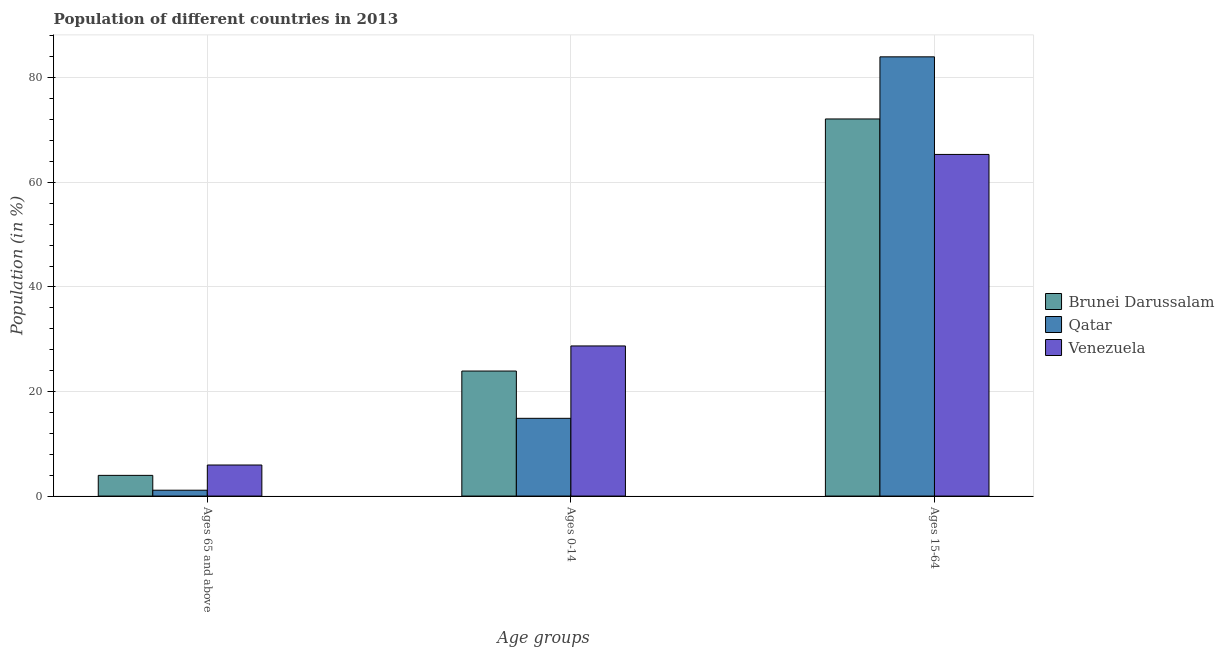
| Age groups | Brunei Darussalam | Qatar | Venezuela |
 | --- | --- | --- | --- |
 | Ages 65 and above | 3.96 | 1.12 | 5.94 |
 | Ages 0-14 | 23.9 | 14.9 | 28.7 |
 | Ages 15-64 | 72.1 | 84 | 65.3 |